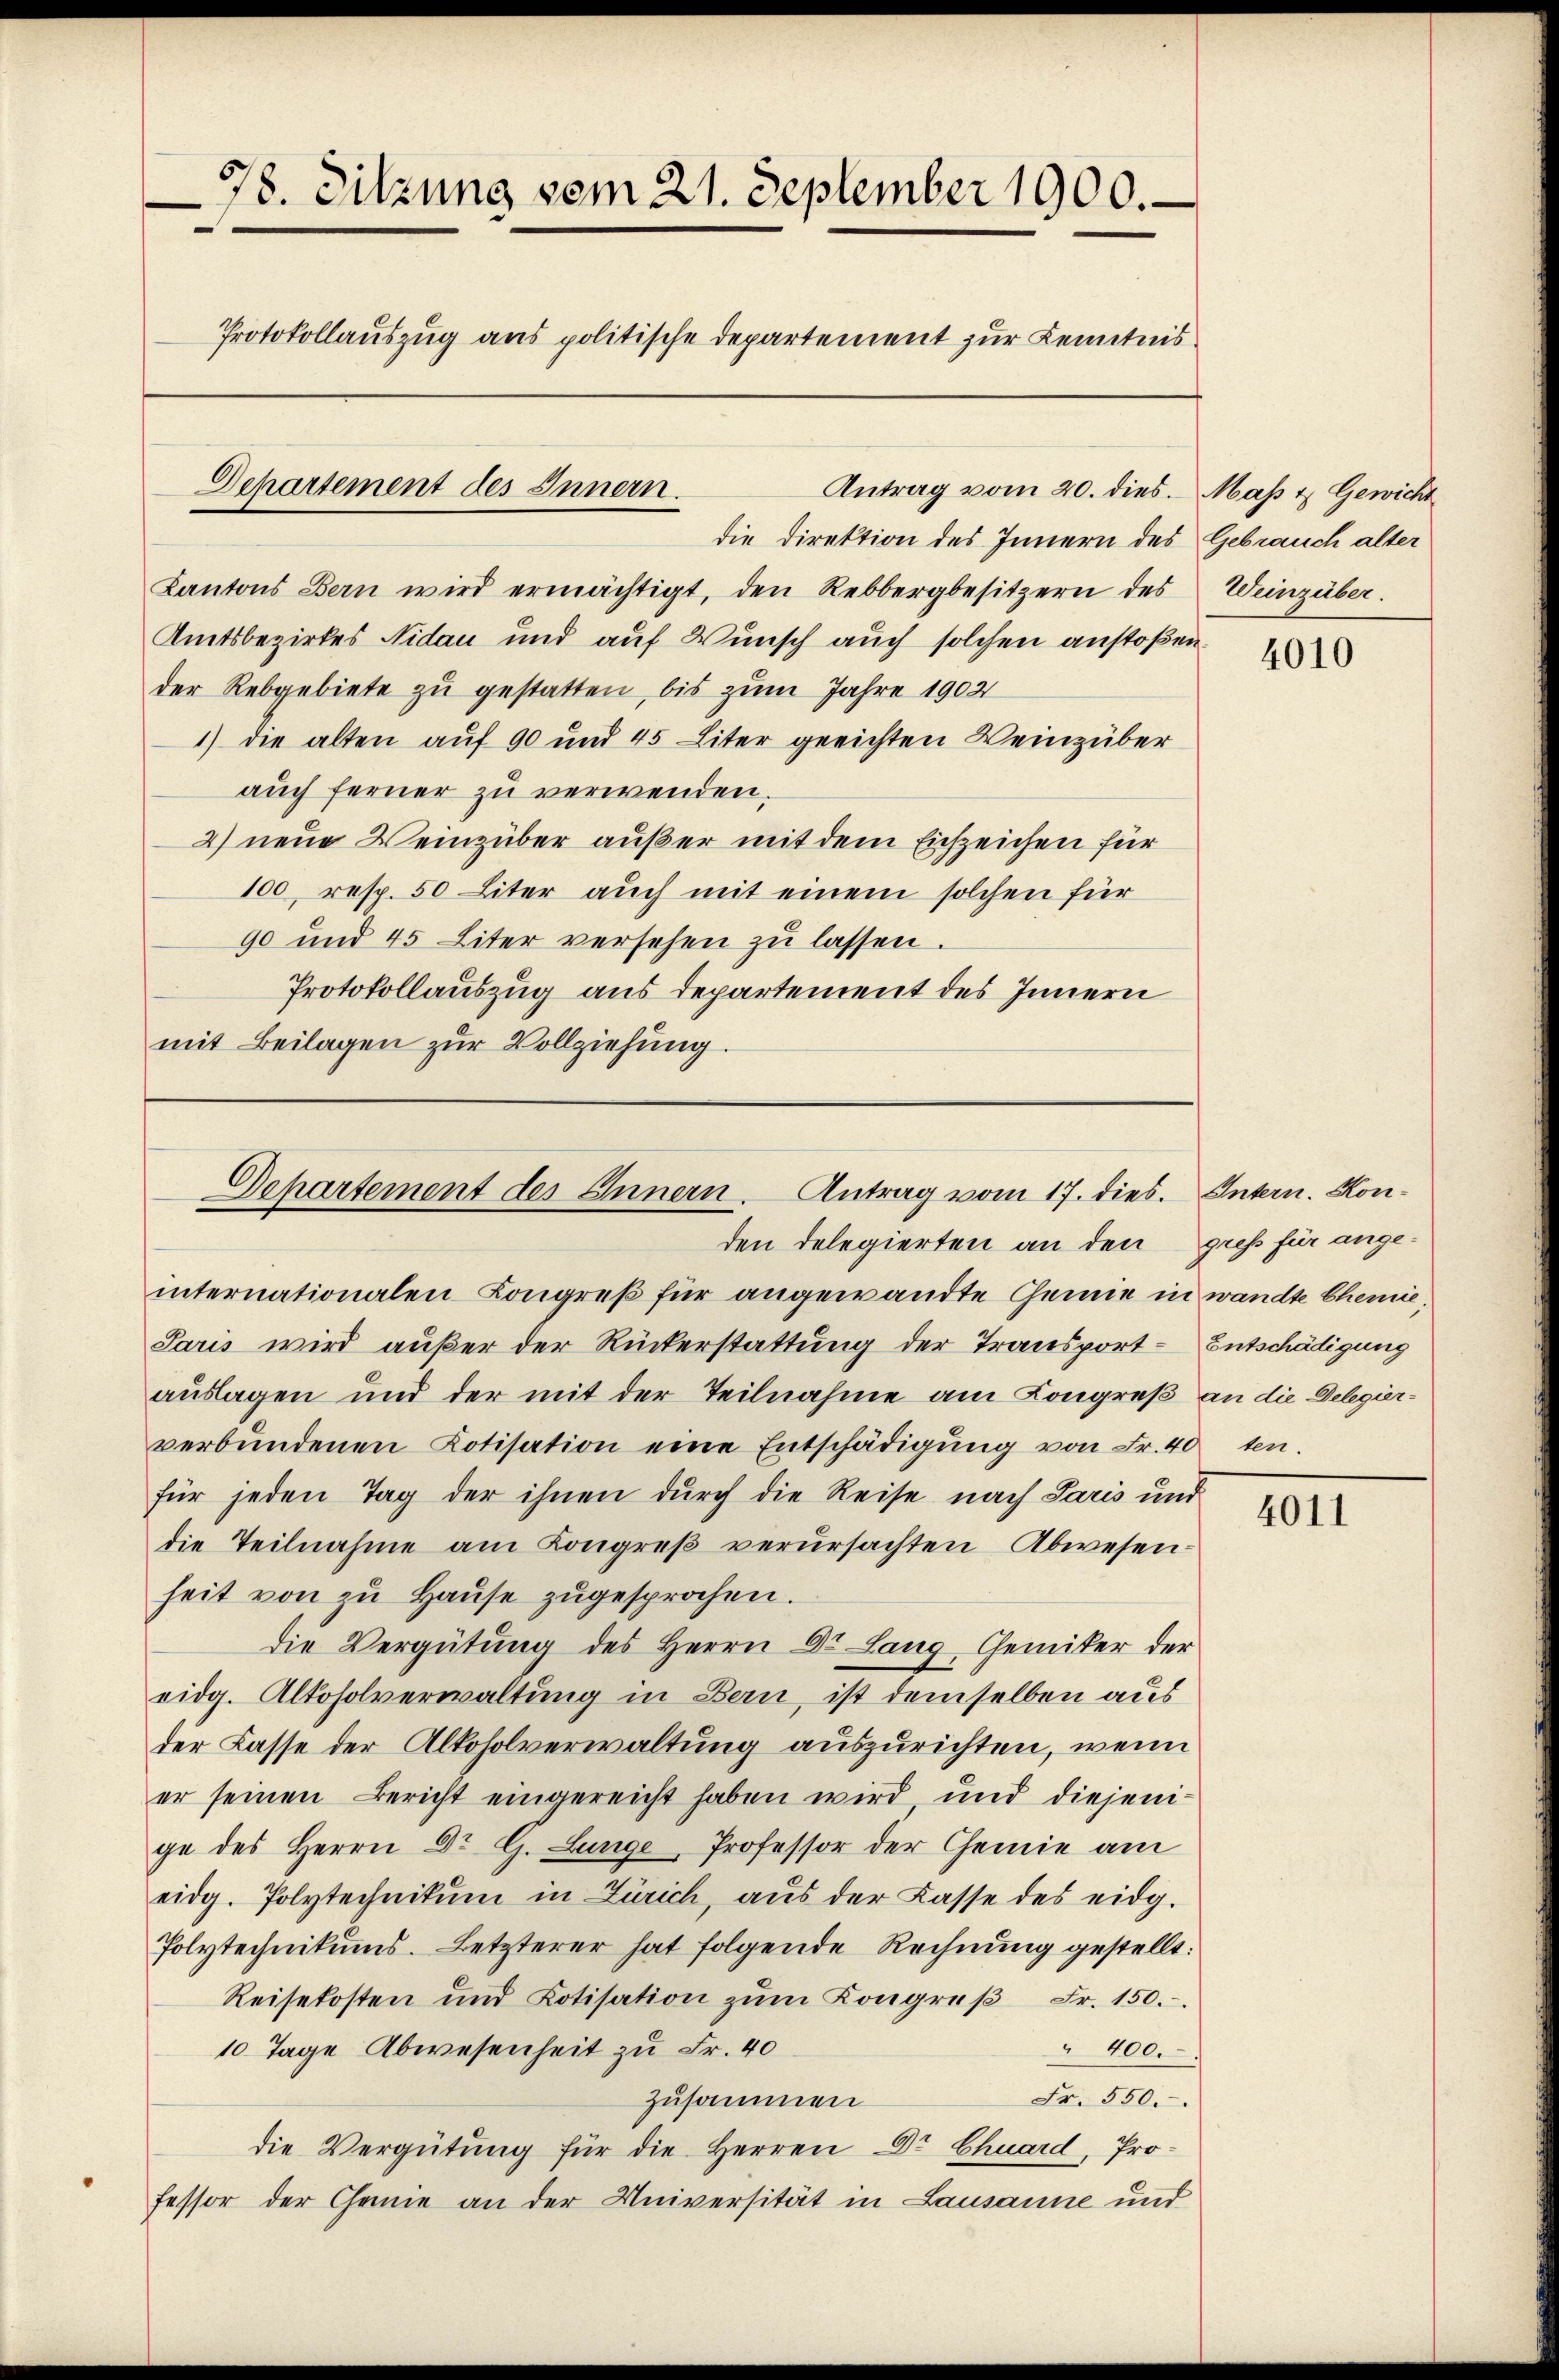
78. Sitzung vom 21. September 1900.
Protokollauszug aus politische Departement zur Kenntnis
Departement des Innern.
Antrag vom 20. dies. Maß & Gewicht

Departement des Innern. Antrag vom 17. dies. Intern. Konden delegierten an den gress für ange¬

die Direktion des Innern des Gebrauch alter
Kantons Bern wird ermächtigt, den Rebbergbesitzern des Weinzuber.
Amtsbezirkes Nidau und auf Wunsch auch solchen anstoßen.
der Rebgebiete zu gestatten, bis zum Jahre 1902
1) die alten auf 90 und 45 Liter gerichten Weinzuber
auch ferner zu verwenden.
2) neue Weinzuber außer mit dem Eichzeichen für
100, resp. 50 Liter auch mit einem solchen für
90 und 45 Liter versehen zŭ lassen.
Protokollauszug aus Departement des Innern
mit Beilagen zur Vollziehung.

internationalen Congreß für angewandte Chemie in wandte Chemie,
Paris wird außer der Rückerstattung der Transport- Entschädigung
auslagen und der mit der Teilnahme am Kongreß an die Delegierverbŭndenen Kotisation eine Entschädigŭng von Fr. 40 ten.
für jeden Tag der ihnen dŭrch die Reise nach Paris und
die Teilnahme am Kongreß verursachten Abwesenheit von zŭ Haŭse zŭgesprochen.
die Vergütung des Herrn Dr. Lang, Chemiker der
eidg. Altosolverwaltung in Bern, ist demselben aus
der Casse der Alkoholverwaltung auszurichten, wenn
er seinen Bericht eingereicht haben wird, und diejenige des Herrn Dr G. Lunge, Professor der Chemie am
eidg. Polytechnikum in Zürich, aŭs der Lasse des eidg.
Polytechnikums. Letzterer hat folgende Rechnung gestellt:
Reisekosten und Kotisation zŭm Kongreβ Fr. 150.
" 400.
10. Tage Abwesenheit zu Fr. 40
Fr. 550.
zusammen
die Vergütung für die Herren Dr Chuard, Professor der Chemie an der Universität in Lausanne und

4010

4011